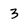
Character: 3